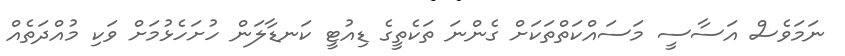
ނަމަވެސް އަސާސީ މަސައްކަތްތަކަށް ގެންނަ ތަކެތީގެ ޑިއުޓީ ކަނޑާލަން ހުށަހެޅުމަށް ވަކި މުއްދަތެއް